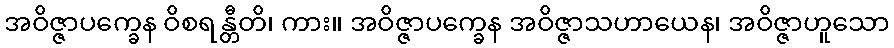
အဝိဇ္ဇာပက္ခေန ဝိစရန္တီတိ၊ ကား။ အဝိဇ္ဇာပက္ခေန အဝိဇ္ဇာသဟာယေန၊ အဝိဇ္ဇာဟူသော